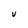
Character: V